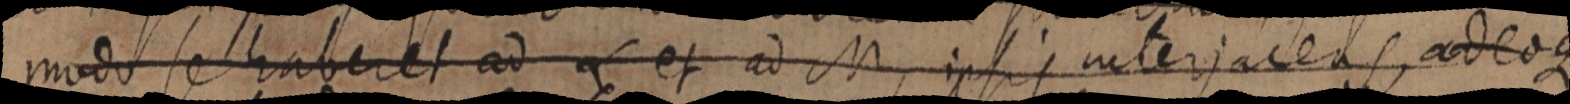
modo se haberet ad L et ad M, ipsis interjaceas, adeoque